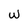
Character: w